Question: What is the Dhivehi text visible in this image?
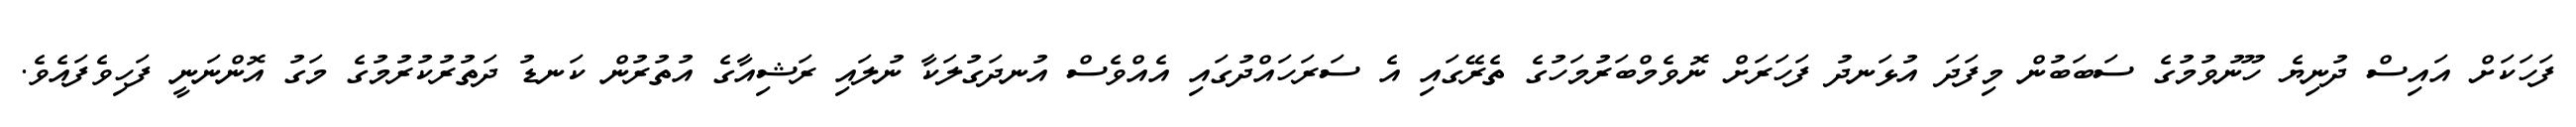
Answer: ފަހަކަށް އައިސް ދުނިޔެ ހޫނުވުމުގެ ސަބަބުން މިފަދަ އުޅަނދު ފަހަރަށް ނޮވެމްބަރުމަހުގެ ތެރޭގައި އެ ސަރަހައްދުގައި އެއްވެސް އުނދަގުލަކާ ނުލައި ރަޝިއާގެ އުތުރުން ކަނޑު ދަތުރުކުރުމުގެ މަގު އޮންނަނީ ފަހިވެފައެވެ.